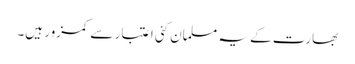
بھارت کے یہ مسلمان کئی اعتبار سے کمزور ہیں۔